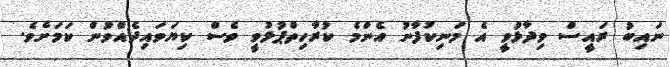
ނައިބު ރައީސް ވިދާޅުވީ އެ މަނިކުފާނު އެންމެ ކުރާހިތްޕުޅުވީ ވެސް ކިޔަވައިދެއްވުން ކަމަށެވެ.